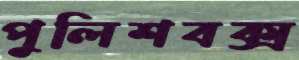
পুলিশবক্স